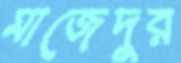
মাজেদুর